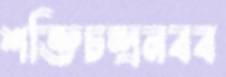
শক্তিচন্দ্রনবব